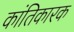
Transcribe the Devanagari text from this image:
कांतिकारक